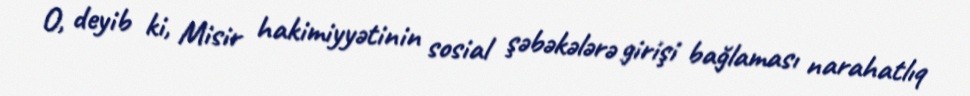
O, deyib ki, Misir hakimiyyətinin sosial şəbəkələrə girişi bağlaması narahatlıq